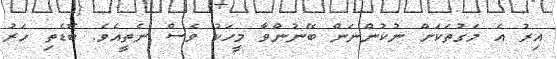
އިރު އެ މަގުތަކަށް ނުކުންނަން ބޭނުންވާ މީހަކު ވެސް ނެތީއެވެ. ބޮޑެތި ހަރު